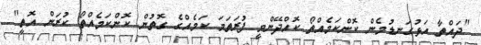
"ދައްތާ އަޅުގަނޑުމެން ކޮންކަމެއްތޯ ކޮއްދޭންވީ ފުރަތަމަ ކަމެއްގެ ގޮތުން ކޮންކަމެއްތޯ ކުރަން އޮތީ"